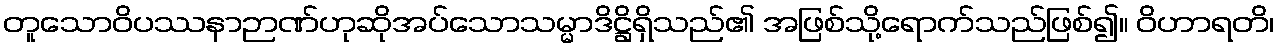
တူသောဝိပဿနာဉာဏ်ဟုဆိုအပ်သောသမ္မာဒိဋ္ဌိရှိသည်၏ အဖြစ်သို့ရောက်သည်ဖြစ်၍။ ဝိဟာရတိ၊